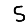
Digit: 5